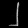
Digit: ၂